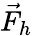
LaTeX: {\vec{F}}_{h}